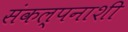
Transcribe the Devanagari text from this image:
संकल्पनाशी